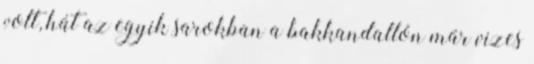
volt, hát az egyik sarokban a bakkandallón már vizes